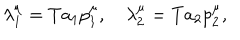
\lambda _ { 1 } ^ { \mu } = T a _ { 1 } p _ { 1 } ^ { \mu } , \quad \lambda _ { 2 } ^ { \mu } = T a _ { 2 } p _ { 2 } ^ { \mu } , \nonumber